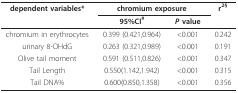
| dependent variables* | <COLSPAN=2> chromium exposure | r2§ |
 |  | 95%CI# | P value |  |
 | --- | --- | --- | --- |
 | chromium in erythrocytes | 0.399 (0.421,0.964) | <0.001 | 0.242 |
 | urinary 8-OHdG | 0.263 (0.321,0.989) | <0.001 | 0.191 |
 | Olive tail moment | 0.591 (0.511,0.826) | <0.001 | 0.347 |
 | Tail Length | 0.550(1.142,1.942) | <0.001 | 0.315 |
 | Tail DNA% | 0.600(0.850,1.358) | <0.001 | 0.356 |